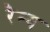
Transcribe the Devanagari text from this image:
रैम्य